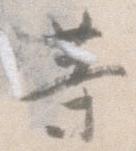
等